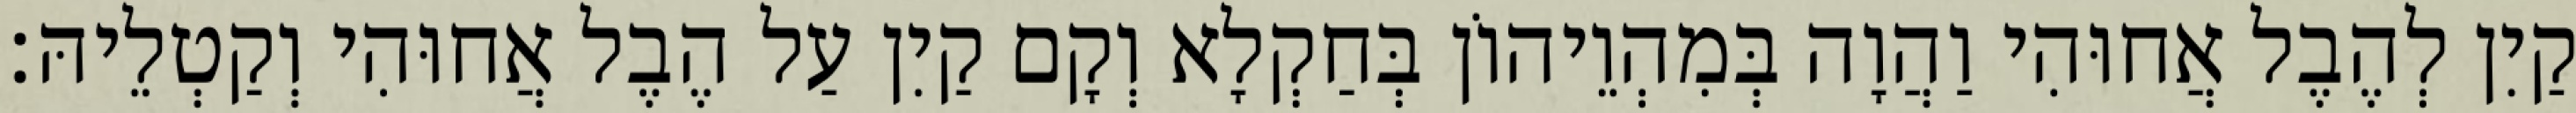
קַיִן לְהֶבֶל אֲחוּהִי וַהֲוָה בְּמִהְוֵיהוֹן בְּחַקְלָא וְקָם קַיִן עַל הֶבֶל אֲחוּהִי וְקַטְלֵיהּ׃